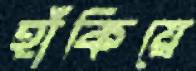
হাঁকিয়ে